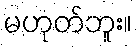
မဟုတ်ဘူး။